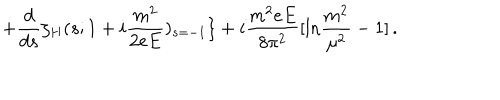
LaTeX: \nonumber + \frac { d } { d s } \zeta _ { H } ( s ; 1 + i \frac { m ^ { 2 } } { 2 e E } ) _ { s = - 1 } \} + i \frac { m ^ { 2 } e E } { 8 \pi ^ { 2 } } [ \mathrm { l n } \frac { m ^ { 2 } } { \mu ^ { 2 } } - 1 ] \, .